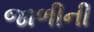
જાળીની